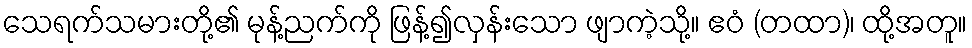
သေရက်သမားတို့၏ မုန့်ညက်ကို ဖြန့်၍လှန်းသော ဖျာကဲ့သို့။ ဧဝံ (တထာ)၊ ထို့အတူ။